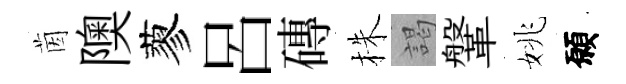
茵隩蓼呂磚株謁鞶姚願